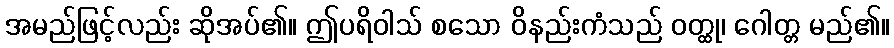
အမည်ဖြင့်လည်း ဆိုအပ်၏။ ဤပရိဝါသ် စသော ဝိနည်းကံသည် ဝတ္ထု၊ ဂေါတ္တ မည်၏။